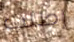
إطلب